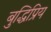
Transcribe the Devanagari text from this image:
बुद्धिप्रिय